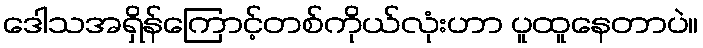
ဒေါသအရှိန်ကြောင့်တစ်ကိုယ်လုံးဟာ ပူထူနေတာပဲ။